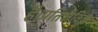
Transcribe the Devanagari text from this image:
है।प्रतिजैविक